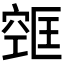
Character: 𫁔